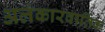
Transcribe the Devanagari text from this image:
अलंकारवार्तिक